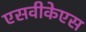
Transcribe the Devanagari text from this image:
एसवीकेएस